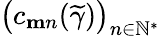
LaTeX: \big(c_{\mathbf{m}n}(\widetilde{\gamma})\big)_{n\in\mathbb{N}^{*}}